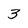
Character: 3